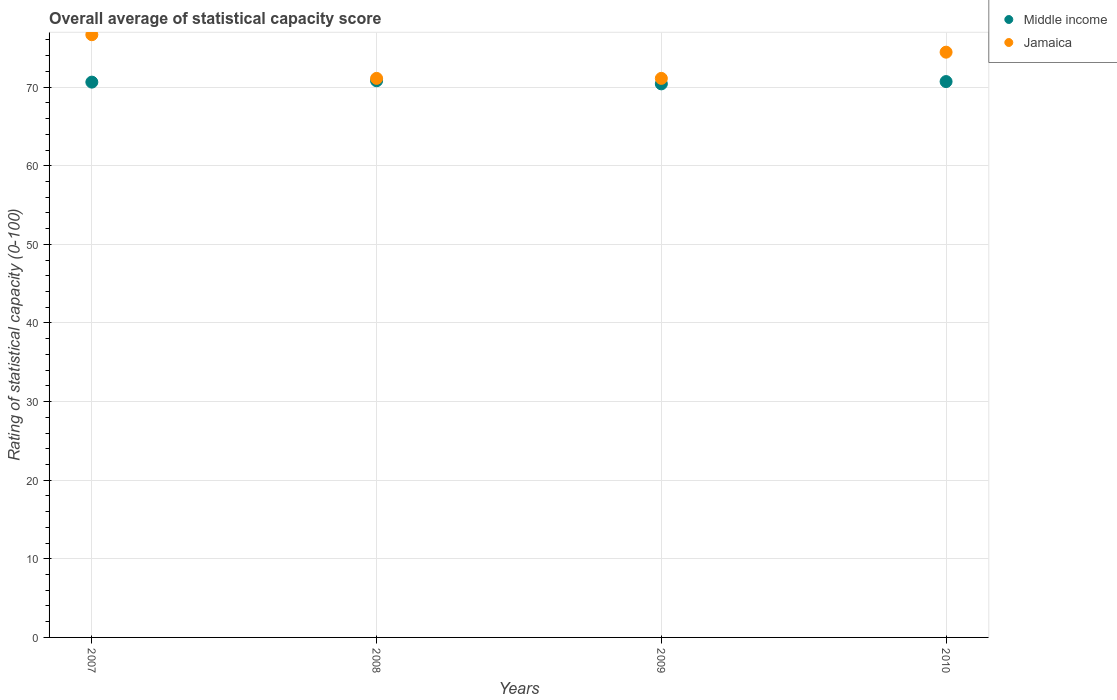
| Years | Middle income | Jamaica |
 | --- | --- | --- |
 | 2007 | 70.6 | 76.7 |
 | 2008 | 70.8 | 71.1 |
 | 2009 | 70.4 | 71.1 |
 | 2010 | 70.7 | 74.4 |